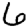
Digit: 6